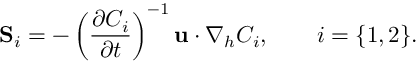
{ \bf S } _ { i } = - \left( \frac { \partial C _ { i } } { \partial t } \right) ^ { - 1 } { \bf u } \cdot \nabla _ { h } C _ { i } , \qquad i = \{ 1 , 2 \} .